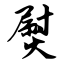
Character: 熨